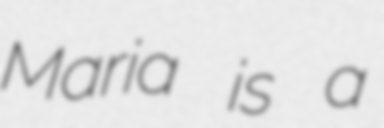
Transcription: Maria is a